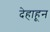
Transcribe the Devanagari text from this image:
देहाहून